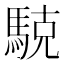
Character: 𱄝